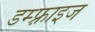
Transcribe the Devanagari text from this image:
डम्फ़्राइज